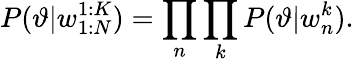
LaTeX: P(\vartheta|w_{1:N}^{1:K})=\prod_{n}\prod_{k}P(\vartheta|w_{n}^{k}).